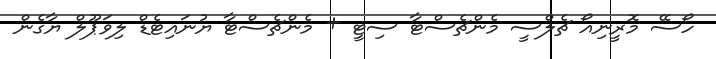
ހޯސޭ މޮރީނިއޯ ޗެލްސީ މެންޗެސްޓާ ސިޓީ + މެންޗެސްޓާ ޔުނައިޓެޑް ލިވަޕޫލް ޔާގެން